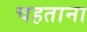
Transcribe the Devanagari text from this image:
चहताना